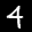
Label: 4